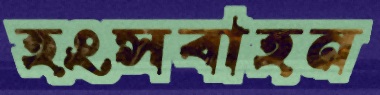
হংসবাহন